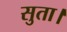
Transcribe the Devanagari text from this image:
सुता।